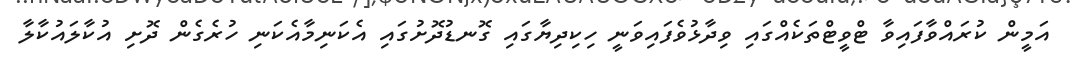
އަމީން ކުރައްވާފައިވާ ޓްވީޓްތަކެއްގައި ވިދާޅުވެފައިވަނީ ހިކިދިޔާގައި ގޮނޑުދޮށުގައި އެކަނިމާއެކަނި ހުރެގެން ދޮށި އުކާލައުކާލާ